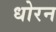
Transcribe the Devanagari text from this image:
धोरन